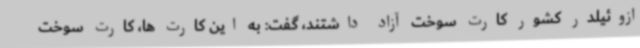
ازوئیلدر کشور کارت سوخت آزاد داشتند، گفت: به این کارت ها، کارت سوخت